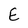
Character: E